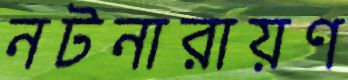
নটনারায়ণ